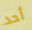
أحد